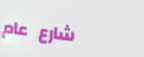
شارع عام